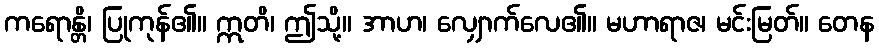
ကရောန္တိ၊ ပြုကုန်၏။ ဣတိ၊ ဤသို့။ အာဟ၊ လျှောက်လေ၏။ မဟာရာဇ၊ မင်းမြတ်။ တေန